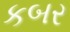
કબર